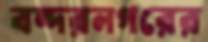
বন্দরনগরের